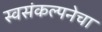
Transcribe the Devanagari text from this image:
स्वसंकल्पनेचा